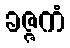
ခဇ္ဇကံ